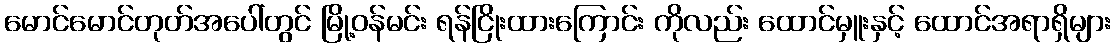
မောင်မောင်တုတ်အပေါ်တွင် မြို့ဝန်မင်း ရန်ငြိုးထားကြောင်း ကိုလည်း ထောင်မှူးနှင့် ထောင်အရာရှိများ